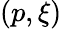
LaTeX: \left(p,\xi\right)